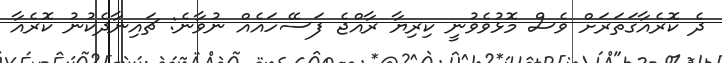
ދެ ކޮރެއާގަތަރަށް ވެސް މޮޅުވެވުނީ ކިރިޔާ ރާއްޖެ ފަސޭހައެއް ނުވާނެ: ޗައިނާދެކުނު ކޮރެއާ